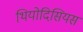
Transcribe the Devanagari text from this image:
थियोदिसियस